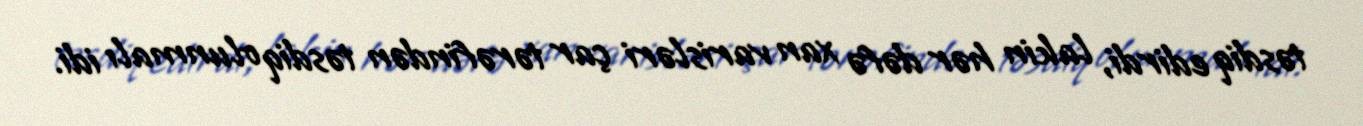
təsdiq edirdi, lakin hər dəfə xan varisləri çar tərəfindən təsdiq olunmalı idi.